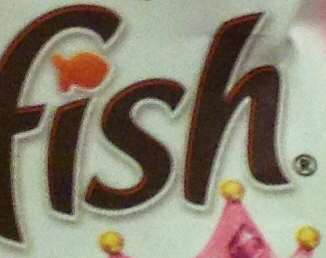
fish